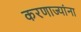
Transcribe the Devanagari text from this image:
करणाज्यांना